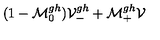
( 1 - \mathcal { M } _ { 0 } ^ { g h } ) \mathcal { V } _ { - } ^ { g h } + \mathcal { M } _ { + } ^ { g h } \mathcal { V }